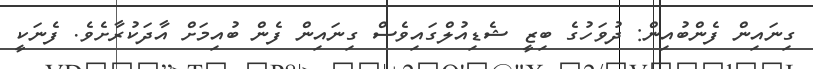
ގިނައިން ފެންބުއިން: ދުވަހުގެ ބިޒީ ޝެޑިއުލްގައިވެސް ގިނައިން ފެން ބުއިމަށް އާދަކުރާށެވެ. ފެނަކީ